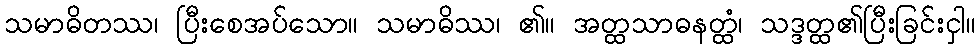
သမာဓိတဿ၊ ပြီးစေအပ်သော။ သမာဓိဿ၊ ၏။ အတ္ထသာဓနတ္ထံ၊ သဒ္ဒတ္ထ၏ပြီးခြင်းငှါ။